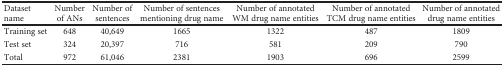
| Dataset name | Number of ANs | Number of sentences | Number of sentences mentioning drug name | Number of annotated WM drug name entities | Number of annotated TCM drug name entities | Number of annotated drug name entities |
 | --- | --- | --- | --- | --- | --- | --- |
 | Training set | 648 | 40,649 | 1665 | 1322 | 487 | 1809 |
 | Test set | 324 | 20,397 | 716 | 581 | 209 | 790 |
 | Total | 972 | 61,046 | 2381 | 1903 | 696 | 2599 |